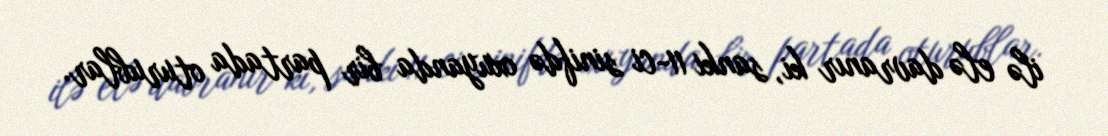
ilə elə davranır ki, sanki 11-ci sinifdə oxuyanda bir partada oturublar.